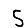
Digit: 5